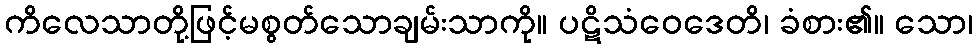
ကိလေသာတို့ဖြင့်မစွတ်သောချမ်းသာကို။ ပဋိသံဝေဒေတိ၊ ခံစား၏။ သော၊